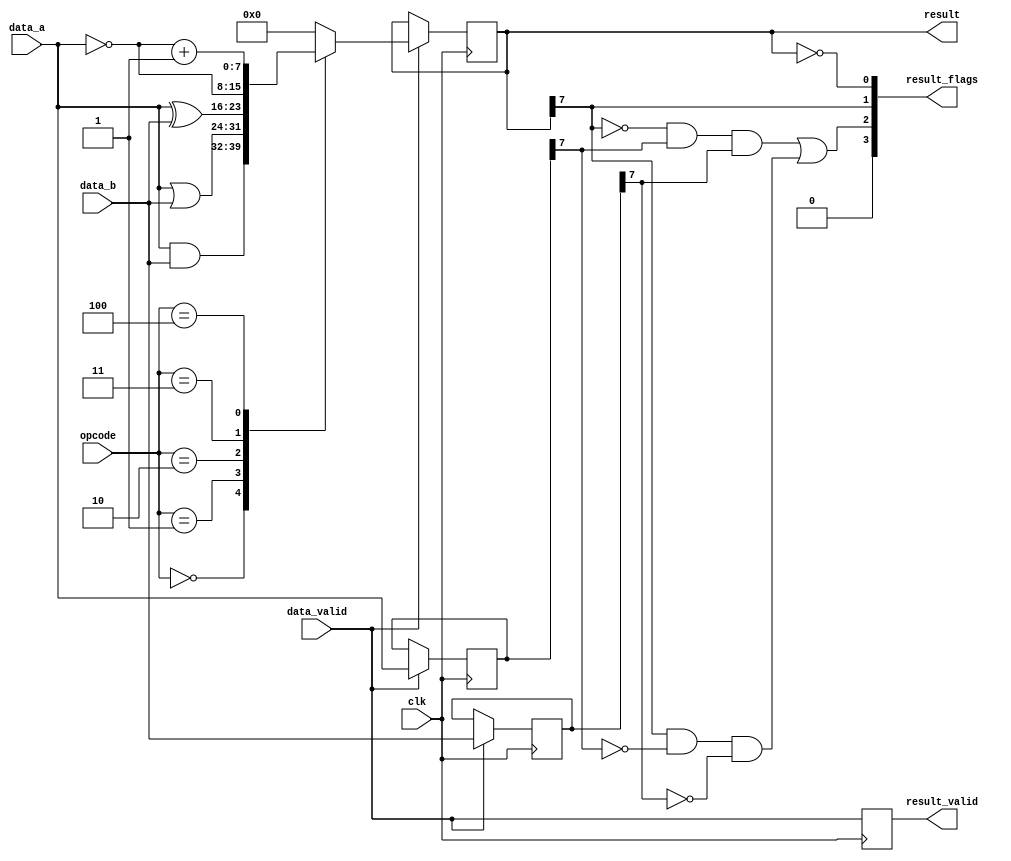
`timescale 1ns/100ps

module W0RM_ALU_Logic #(
  parameter SINGLE_CYCLE  = 0,
  parameter DATA_WIDTH    = 8
)(
  input wire                    clk,
  
  input wire                    data_valid,
  input wire  [3:0]             opcode,
  
  input wire  [DATA_WIDTH-1:0]  data_a,
                                data_b,
  
  output wire [DATA_WIDTH-1:0]  result,
  output wire                   result_valid,
  output wire [3:0]             result_flags
);
  localparam MSB            = DATA_WIDTH - 1;
  
  localparam ALU_OPCODE_AND = 4'h0;
  localparam ALU_OPCODE_OR  = 4'h1;
  localparam ALU_OPCODE_XOR = 4'h2;
  localparam ALU_OPCODE_NOT = 4'h3;
  localparam ALU_OPCODE_NEG = 4'h4;
  
  localparam ALU_FLAG_ZERO  = 4'h0;
  localparam ALU_FLAG_NEG   = 4'h1;
  localparam ALU_FLAG_OVER  = 4'h2;
  localparam ALU_FLAG_CARRY = 4'h3;
  
  reg [DATA_WIDTH-1:0]  result_r = 0,
                        data_a_r = 0,
                        data_b_r = 0;
  reg                   result_valid_r  = 0;
  reg [DATA_WIDTH-1:0]  result_i        = 0;
  reg                   result_valid_i  = 0;
  
  assign result       = result_r;
  assign result_valid = result_valid_r;
  
  assign result_flags[ALU_FLAG_ZERO]  = result_r == 0;
  assign result_flags[ALU_FLAG_NEG]   = result_r[MSB];
  assign result_flags[ALU_FLAG_OVER]  = ((~result_r[MSB]) && data_a_r[MSB] && data_b_r[MSB]) ||
                                        (result_r[MSB] && (~data_a_r[MSB]) && (~data_b_r[MSB]));
  assign result_flags[ALU_FLAG_CARRY] = 1'b0; // Carry not defined for logic ops
  
  always @(data_valid, opcode, data_a, data_b)
  begin
    result_valid_i = data_valid;
    
    if (data_valid)
    begin
      case (opcode)
        ALU_OPCODE_AND:
        begin
          result_i = data_a & data_b;
        end
        
        ALU_OPCODE_OR:
        begin
          result_i = data_a | data_b;
        end
        
        ALU_OPCODE_XOR:
        begin
          result_i = data_a ^ data_b;
        end
        
        ALU_OPCODE_NOT:
        begin
          result_i = ~data_a;
        end
        
        ALU_OPCODE_NEG:
        begin
          result_i = ~data_a + 1;
        end
        
        default:
        begin
          result_i  = {DATA_WIDTH{1'b0}};
        end
      endcase
    end
    else
    begin
      result_i = {DATA_WIDTH{1'b0}};
    end
  end
  
  generate
    if (SINGLE_CYCLE)
    begin
      always @(data_a, data_b, result_i, result_valid_i)
      begin
        data_a_r        = data_a;
        data_b_r        = data_b;
        result_r        = result_i;
        result_valid_r  = result_valid_i;
      end
    end
    else
    begin
      always @(posedge clk)
      begin
        result_valid_r <= data_valid;
        if (data_valid)
        begin
          data_a_r  <= data_a;
          data_b_r  <= data_b;
          
          result_r  <= result_i;
        end
      end
    end
  endgenerate
endmodule